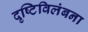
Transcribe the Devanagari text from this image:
दृष्टिविलंबना